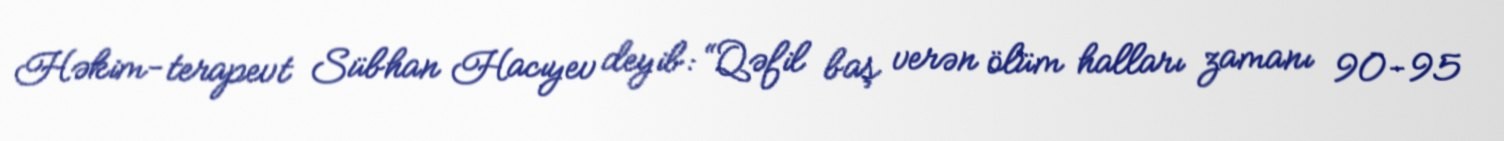
Həkim-terapevt Sübhan Hacıyev deyib: “Qəfil baş verən ölüm halları zamanı 90-95